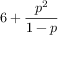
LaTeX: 6 + { \frac { p ^ { 2 } } { 1 - p } }